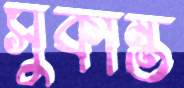
সুকান্ত